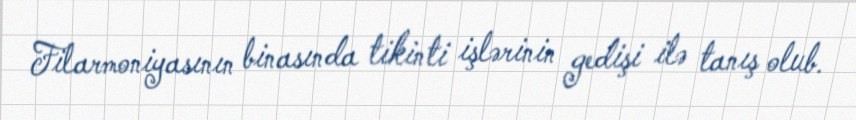
Filarmoniyasının binasında tikinti işlərinin gedişi ilə tanış olub.